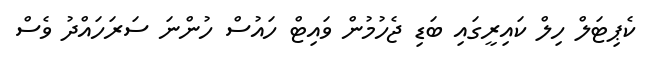
ކެޕިޓަލް ހިލް ކައިރީގައި ބަޑި ޖެހުމުން ވައިޓް ހައުސް ހުންނަ ސަރަހައްދު ވެސް